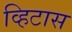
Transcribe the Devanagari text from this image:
व्हिटास